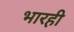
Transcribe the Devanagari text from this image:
भारही